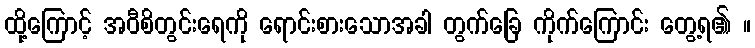
ထို့ကြောင့် အဝီစိတွင်းရေကို ရောင်းစားသောအခါ တွက်ခြေ ကိုက်ကြောင်း တွေ့ရ၏ ။